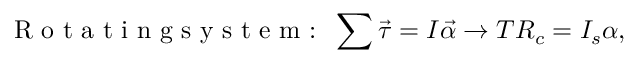
\textrm { R o t a t i n g s y s t e m : } \, \sum \vec { \tau } = I \vec { \alpha } \rightarrow T R _ { c } = I _ { s } \alpha ,